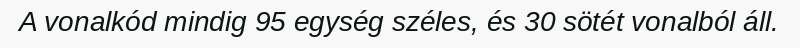
A vonalkód mindig 95 egység széles, és 30 sötét vonalból áll.